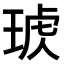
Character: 𤦣